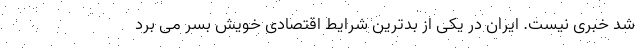
شد خبری نیست. ایران در یکی از بدترین شرایط اقتصادی خویش بسر می برد